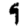
Digit: 9